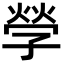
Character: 𡦃